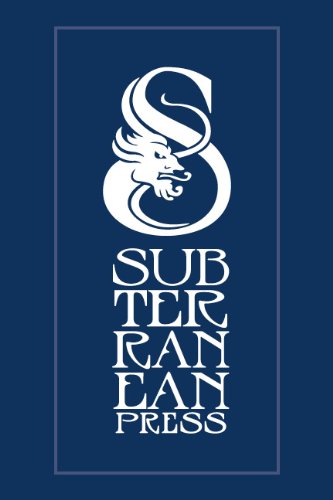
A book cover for A Fantasy Medley 3; Kevin Hearne; Science Fiction & Fantasy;